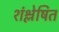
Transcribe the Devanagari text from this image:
शंश्लेषित